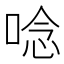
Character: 唸